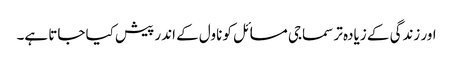
اور زندگی کے زیادہ تر سماجی مسائل کو ناول کے اندر پیش کیا جاتا ہے۔